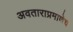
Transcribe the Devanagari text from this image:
अवताराप्रमाणेच